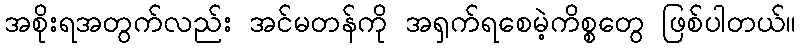
အစိုးရအတွက်လည်း အင်မတန်ကို အရှက်ရစေမဲ့ကိစ္စတွေ ဖြစ်ပါတယ်။